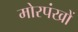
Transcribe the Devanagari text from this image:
मोरपंखों